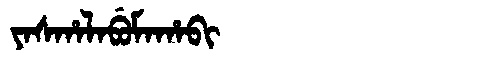
Manchu: ᠶᠠᠰᡥᠠᠯᠠᠪᡠᠮᠠᡥᠠᠪᡳ
Romanization: YASHALABUMAHABI